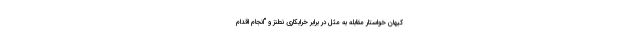
کیهان خواستار مقابله به مثل در برابر خرابکاری نطنز و "انجام اقدام